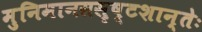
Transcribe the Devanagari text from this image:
मुनिमानससृष्टशान्तेः